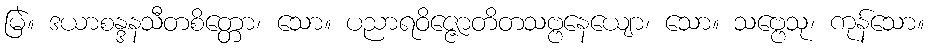
မြဲ။ ဒယာစန္ဒနသီတစိတ္တော၊ သော။ ပညာရဝိဇ္ဇောတိတသဗ္ဗနေယျော၊ သော။ သဗ္ဗေသု၊ ကုန်သော။